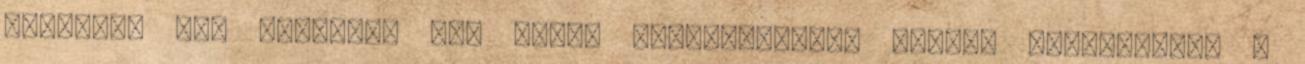
csorbát. Nem egyszerű egy ilyen váltóverseny, hiszen mindenkinek a